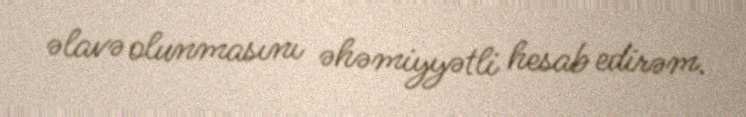
əlavə olunmasını əhəmiyyətli hesab edirəm.